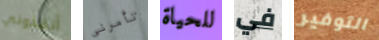
أنقذوني تأمرني للحياة في التوفير